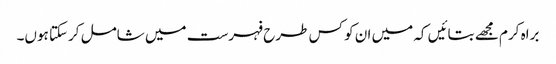
براہ کرم مجھے بتائیں کہ میں ان کو کس طرح فہرست میں شامل کرسکتا ہوں۔